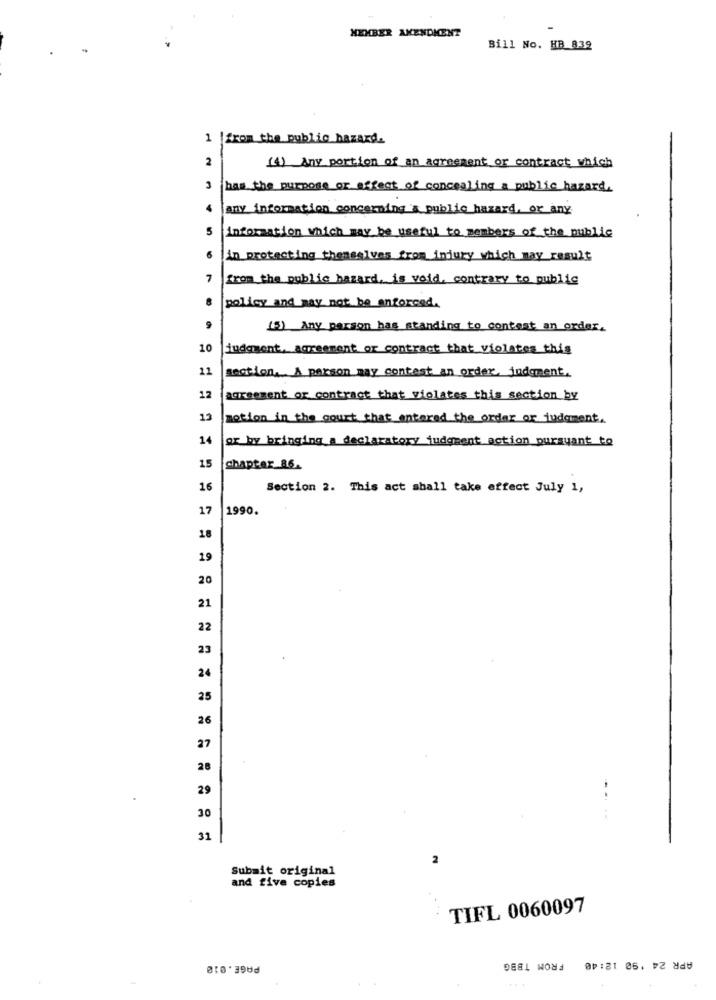
MEMBER AKENDICENT
Bill No. HB 839
1 |from the public hazard.
2
(1) Any portion of an agreement or contract which
has the purpose or effect of concealing a public hazard.
any information concerning & public hazard, or any
5
information which may be useful to members of the public
6
in protecting themselves from injury which may result
7
from the public hazard, is void. contrary to public
policy and may not be enforced.
(5) Any person has standing to contest an order.
10
judgment, agreement or contract that violates this
11
section. A person may contest an order, judgment.
12
agreement or contract that violates this section by
13
motion in the court that entered the order of judgment,
14
or by bringing a declaratory judgment action pursuant to
15
chapter 86.
16
Section 2. This act shall take effect July 1,
17
1990.
18
19
20
21
22
23
24
25
26
27
28
29
30
32
Submit original
and five copies
TIFL 0060097
FROM TBBG
APR 24 '90 12:40